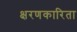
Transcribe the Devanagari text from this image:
क्षरणकारिता